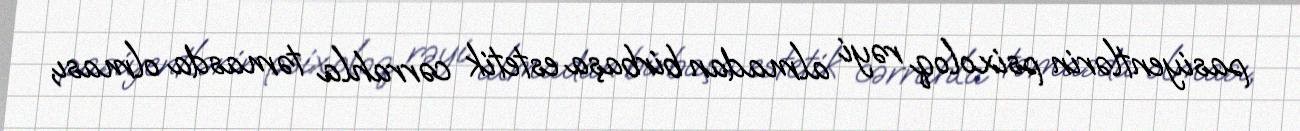
pasiyentlərin psixoloq rəyi almadan birbaşa estetik cərrahla təmasda olması,